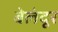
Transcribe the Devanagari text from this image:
बेलंदूर